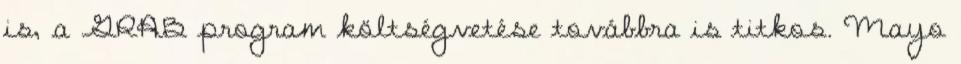
is, a GRAB program költségvetése továbbra is titkos. Mayo